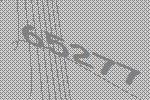
65277